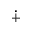
\dotplus